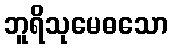
ဘူရိသုမေဓသော